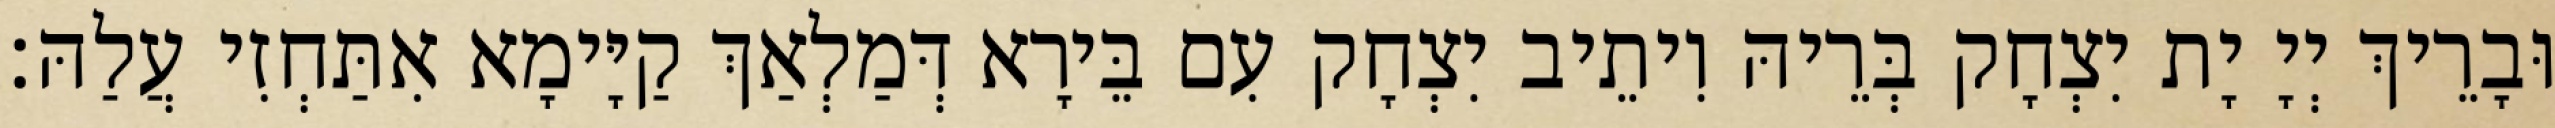
וּבָרֵיךְ יְיָ יָת יִצְחָק בְּרֵיהּ וִיתֵיב יִצְחָק עִם בֵּירָא דְּמַלְאַךְ קַיָּימָא אִתַּחְזִי עֲלַהּ׃